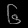
Digit: ၆